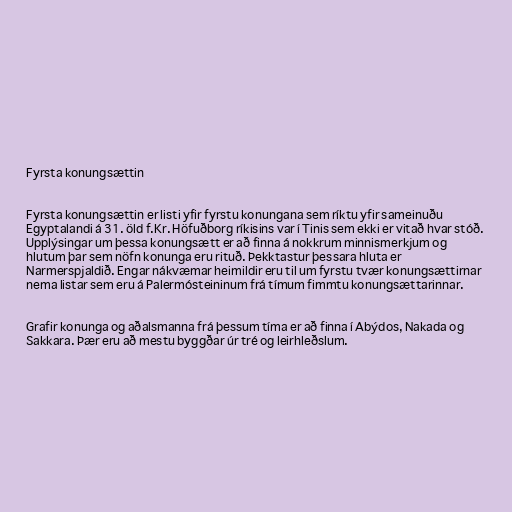
Fyrsta konungsættin

Fyrsta konungsættin er listi yfir fyrstu konungana sem ríktu yfir sameinuðu
Egyptalandi á 31. öld f.Kr. Höfuðborg ríkisins var í Tinis sem ekki er vitað hvar stóð.
Upplýsingar um þessa konungsætt er að finna á nokkrum minnismerkjum og
hlutum þar sem nöfn konunga eru rituð. Þekktastur þessara hluta er
Narmerspjaldið. Engar nákvæmar heimildir eru til um fyrstu tvær konungsættirnar
nema listar sem eru á Palermósteininum frá tímum fimmtu konungsættarinnar.

Grafir konunga og aðalsmanna frá þessum tíma er að finna í Abýdos, Nakada og
Sakkara. Þær eru að mestu byggðar úr tré og leirhleðslum.